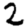
Digit: 2